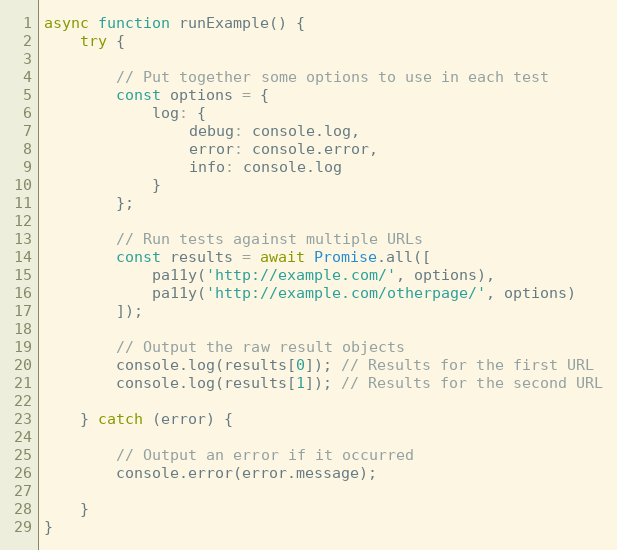
Language: JavaScript
async function runExample() {
	try {

		// Put together some options to use in each test
		const options = {
			log: {
				debug: console.log,
				error: console.error,
				info: console.log
			}
		};

		// Run tests against multiple URLs
		const results = await Promise.all([
			pa11y('http://example.com/', options),
			pa11y('http://example.com/otherpage/', options)
		]);

		// Output the raw result objects
		console.log(results[0]); // Results for the first URL
		console.log(results[1]); // Results for the second URL

	} catch (error) {

		// Output an error if it occurred
		console.error(error.message);

	}
}